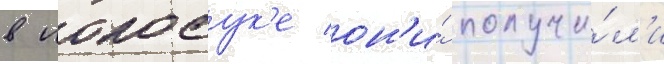
в иокосук'е он'и́ получи́л'и